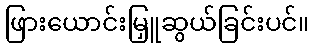
ဖြားယောင်းမြှူဆွယ်ခြင်းပင်။